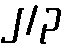
၂/၃